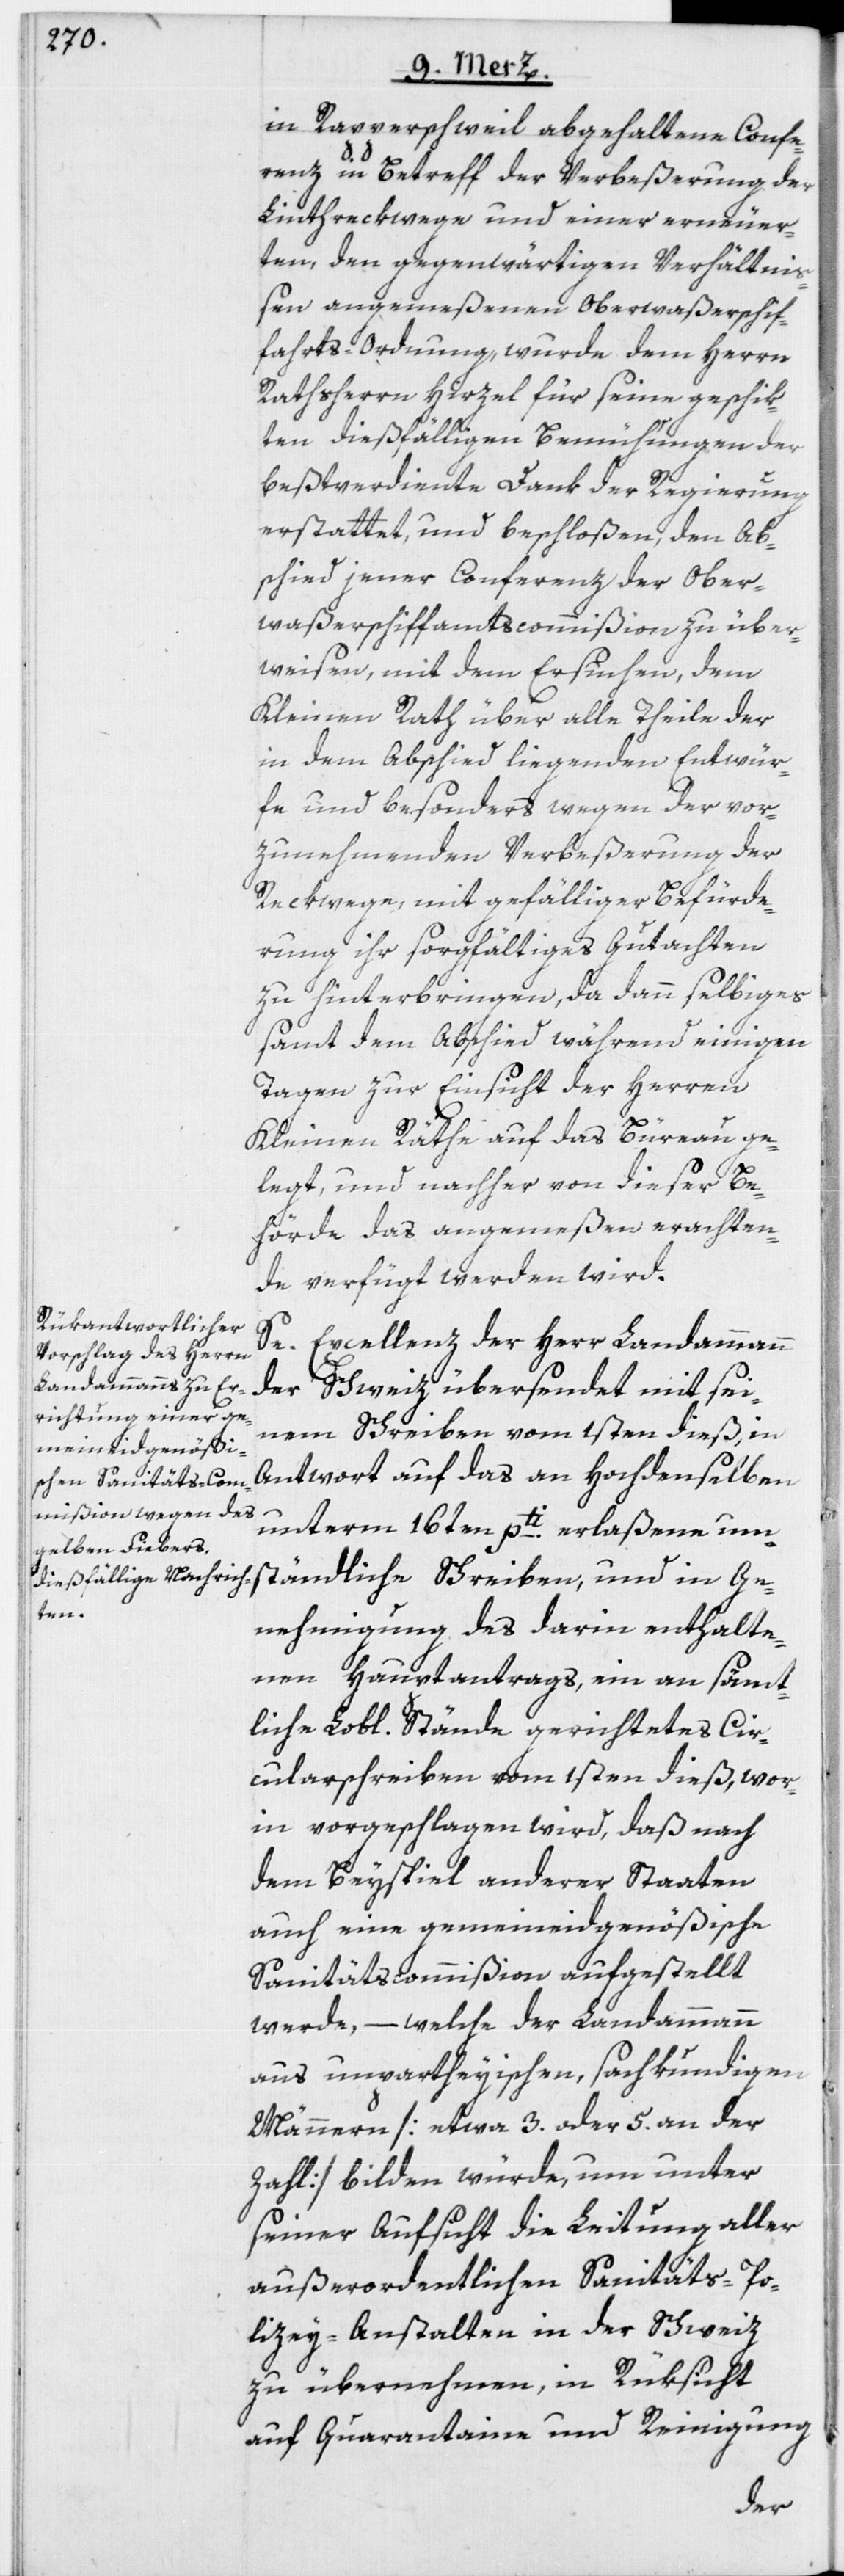
in Rapperschweil abgehaltene Confe¬
renz in Betreff der Verbeßerung der
Linthreckwege und einer erneuer¬
ten, den gegenwärtigen Verhältni¬
ßen angemeßenen Oberwaßerschif¬
fahrts-Ordnung, wurde dem Herrn
Rathsherrn Hirzel für seine geschik¬
ten dießfälligen Bemühungen der
beßtverdiente Dank der Regierung
erstattet, und beschloßen, den Ab¬
schied jener Conferenz der Ober¬
waßerschiffamtscommißion zu über¬
weisen, mit dem Ersuchen, dem
Kleinen Rath über alle Theile der
in dem Abschied liegenden Entwür¬
fe und besonders wegen der vor¬
zunehmenden Verbeßerung der
Reckwege, mit gefälliger Befürde¬
rung ihr sorgfältiges Gutachten
zu hinterbringen, da dann selbiges
samt dem Abschied während einigen
Tagen zur Einsicht der Herren
Kleinen Räthe auf das Bureau ge¬
legt, und nachher von dieser Be¬
hörde das angemeßen erachten¬
de verfügt werden wird.
Se. Excellenz der Herr Landammann
der Schweiz übersendet mit sei¬
nem Schreiben vom 1sten dieß, in
Antwort auf das an Hochdenselben
unterm 16ten pti. erlaßene um¬
ständliche Schreiben, und in Ge¬
nehmigung des darin enthalte¬
nen Hauptantrags, ein an sämt¬
liche Lobl. Stände gerichtetes Cir¬
cularschreiben vom 1sten dieß, wor¬
in vorgeschlagen wird, daß nach
dem Beyspiel anderer Staaten
auch eine gemeineidgenößische
Sanitätscommißion aufgestellt
werde, – welche der Landammann
aus unpartheyischen, sachkundigen
Männern [etwa 3. oder 5. an der
Zahl] bilden würde, um unter
seiner Aufsicht die Leitung aller
außerordentlichen Sanitäts-Po¬
lizey-Anstalten in der Schweiz
zu übernehmen, in Rüksicht
auf Quarantaine und Reinigung